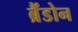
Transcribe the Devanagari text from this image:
ब्रैंडोन